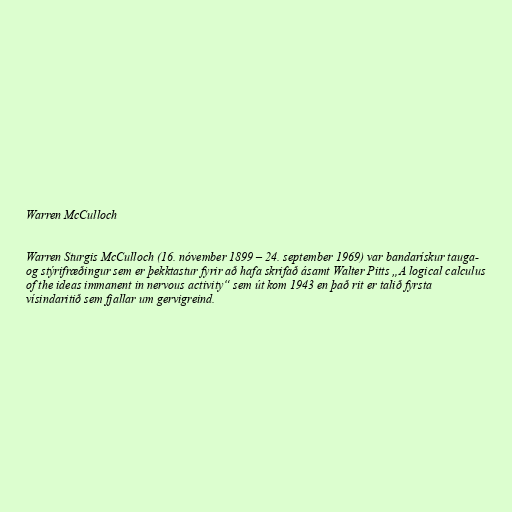
Warren McCulloch

Warren Sturgis McCulloch (16. nóvember 1899 – 24. september 1969) var bandarískur tauga-
og stýrifræðingur sem er þekktastur fyrir að hafa skrifað ásamt Walter Pitts „A logical calculus
of the ideas immanent in nervous activity“ sem út kom 1943 en það rit er talið fyrsta
vísindaritið sem fjallar um gervigreind.